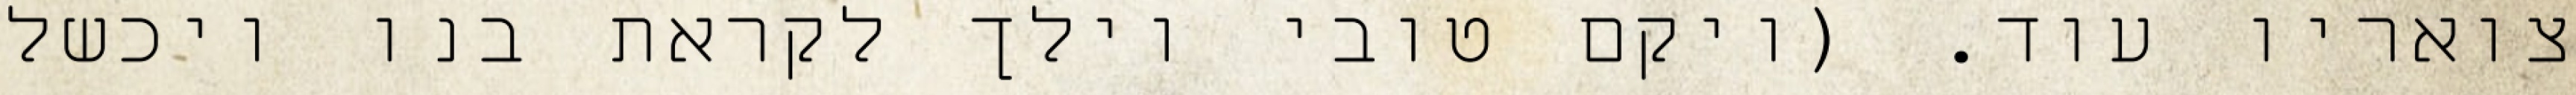
צואריו עוד. (ויקם טובי וילך לקראת בנו ויכשל